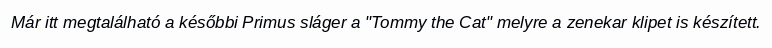
Már itt megtalálható a későbbi Primus sláger a "Tommy the Cat" melyre a zenekar klipet is készített.